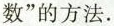
数”的方法。